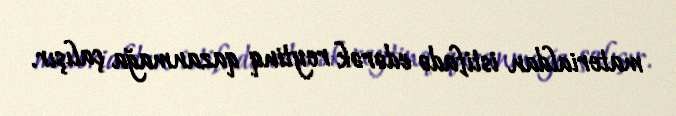
materialdan istifadə edərək reytinq qazanmağa çalışır.